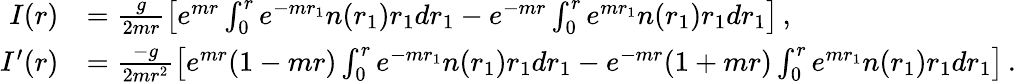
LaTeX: \begin{array}{rl}{I(r)}&{=\frac g{2mr}\left[e^{mr}\int_{0}^{r}e^{-mr_{1}}n(r_{1})r_{1}dr_{1}-e^{-mr}\int_{0}^{r}e^{mr_{1}}n(r_{1})r_{1}dr_{1}\right]\, ,}\\ {I^{\prime}(r)}&{=\frac{-g}{2mr^{2}}\left[e^{mr}(1-mr)\int_{0}^{r}e^{-mr_{1}}n(r_{1})r_{1}dr_{1}-e^{-mr}(1+mr)\int_{0}^{r}e^{mr_{1}}n(r_{1})r_{1}dr_{1}\right]\, .}\end{array}